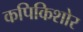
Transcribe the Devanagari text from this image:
कपिकिशोर